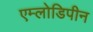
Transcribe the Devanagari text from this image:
एम्लोडिपीन